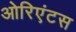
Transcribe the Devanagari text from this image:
ओरिएंटस